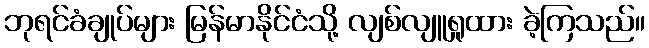
ဘုရင်ခံချုပ်များ မြန်မာနိုင်ငံသို့ လျစ်လျူရှုထား ခဲ့ကြသည်။